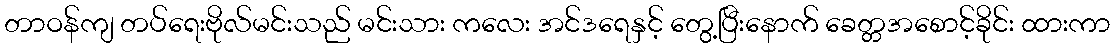
တာဝန်ကျ တပ်ရေးဗိုလ်မင်းသည် မင်းသား ကလေး အင်ဒရေနှင့် တွေ့ပြီးနောက် ခေတ္တအစောင့်ခိုင်း ထားကာ